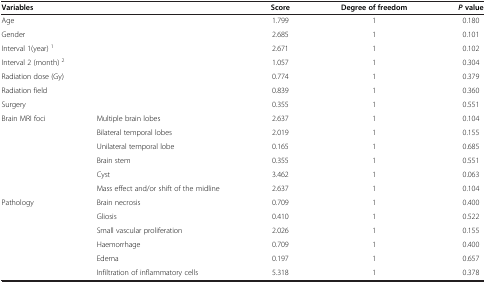
<table><thead><tr><td colspan="2"><b>Variables</b></td><td><b>Score</b></td><td><b>Degree of freedom</b></td><td><b><i>P</i>value</b></td></tr></thead><tbody><tr><td colspan="2">Age</td><td>1.799</td><td>1</td><td>0.180</td></tr><tr><td colspan="2">Gender</td><td>2.685</td><td>1</td><td>0.101</td></tr><tr><td colspan="2">Interval 1(year) <sup>1</sup></td><td>2.671</td><td>1</td><td>0.102</td></tr><tr><td colspan="2">Interval 2 (month) <sup>2</sup></td><td>1.057</td><td>1</td><td>0.304</td></tr><tr><td colspan="2">Radiation dose (Gy)</td><td>0.774</td><td>1</td><td>0.379</td></tr><tr><td colspan="2">Radiation field</td><td>0.839</td><td>1</td><td>0.360</td></tr><tr><td colspan="2">Surgery</td><td>0.355</td><td>1</td><td>0.551</td></tr><tr><td rowspan="6">Brain MRI foci</td><td>Multiple brain lobes</td><td>2.637</td><td>1</td><td>0.104</td></tr><tr><td>Bilateral temporal lobes</td><td>2.019</td><td>1</td><td>0.155</td></tr><tr><td>Unilateral temporal lobe</td><td>0.165</td><td>1</td><td>0.685</td></tr><tr><td>Brain stem</td><td>0.355</td><td>1</td><td>0.551</td></tr><tr><td>Cyst</td><td>3.462</td><td>1</td><td>0.063</td></tr><tr><td>Mass effect and/or shift of the midline</td><td>2.637</td><td>1</td><td>0.104</td></tr><tr><td rowspan="5">Pathology</td><td>Brain necrosis</td><td>0.709</td><td>1</td><td>0.400</td></tr><tr><td>Gliosis</td><td>0.410</td><td>1</td><td>0.522</td></tr><tr><td>Small vascular proliferation</td><td>2.026</td><td>1</td><td>0.155</td></tr><tr><td>Haemorrhage</td><td>0.709</td><td>1</td><td>0.400</td></tr><tr><td>Edema</td><td>0.197</td><td>1</td><td>0.657</td></tr><tr><td> </td><td>Infiltration of inflammatory cells</td><td>5.318</td><td>1</td><td>0.378</td></tr></tbody></table>